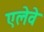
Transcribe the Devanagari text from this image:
एलेवे